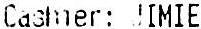
CASHIER: JIMIE